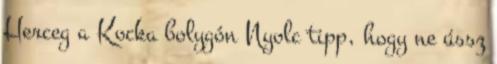
Herceg a Kocka bolygón Nyolc tipp, hogy ne ússz